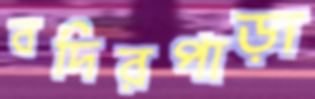
বদিরপাড়া